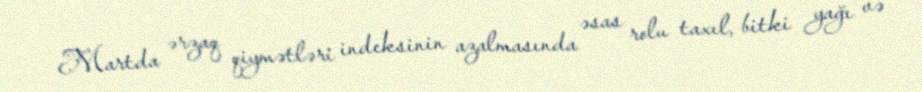
Martda ərzaq qiymətləri indeksinin azalmasında əsas rolu taxıl, bitki yağı və